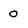
Character: 0